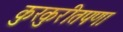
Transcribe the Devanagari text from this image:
कुरकुरीतपणा